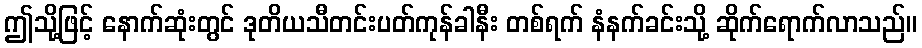
ဤသို့ဖြင့် နောက်ဆုံးတွင် ဒုတိယသီတင်းပတ်ကုန်ခါနီး တစ်ရက် နံနက်ခင်းသို့ ဆိုက်ရောက်လာသည်။